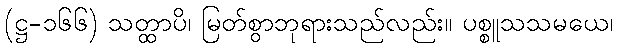
(ဋ္ဌ-၁၆၆) သတ္ထာပိ၊ မြတ်စွာဘုရားသည်လည်း။ ပစ္စူသသမယေ၊